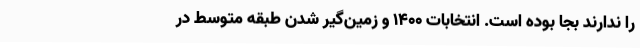
را ندارند بجا بوده است. انتخابات ۱۴۰۰ و زمين‌گير شدن طبقه متوسط در